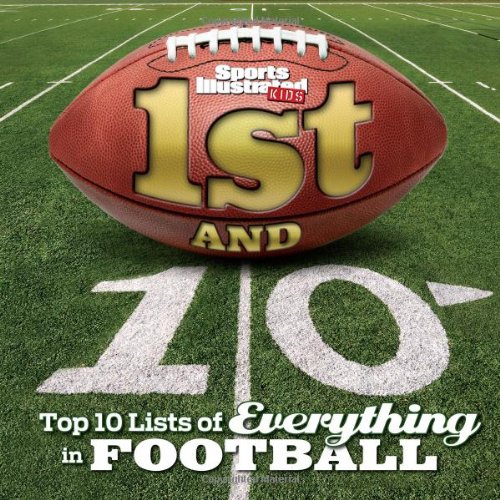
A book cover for Sports Illustrated Kids 1st and 10: Top 10 Lists of Everything in Football; The Editors of Sports Illustrated Kids; Sports & Outdoors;